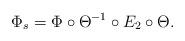
LaTeX: \begin{align*}\Phi_s=\Phi\circ \Theta^{-1} \circ E_2 \circ \Theta.\end{align*}